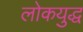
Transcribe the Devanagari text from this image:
लोकयुद्ध